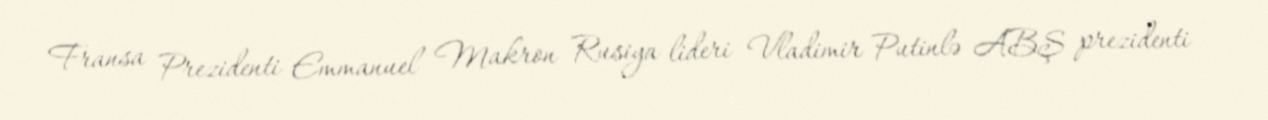
Fransa Prezidenti Emmanuel Makron Rusiya lideri Vladimir Putinlə ABŞ prezidenti